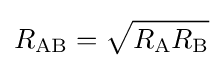
R_{\mathrm {AB} }={\sqrt {R_{\mathrm {A} }R_{\mathrm {B} }}}